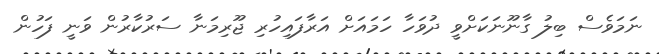
ނަމަވެސް ބިލު ގާނޫނަކަށްވީ ދުވަހާ ހަމައަށް އަރާފައިހުރި ޖޫރިމަނާ ސަރުކާރުން ވަނީ ފަހުން